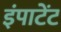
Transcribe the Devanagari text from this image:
इंपाटेंट